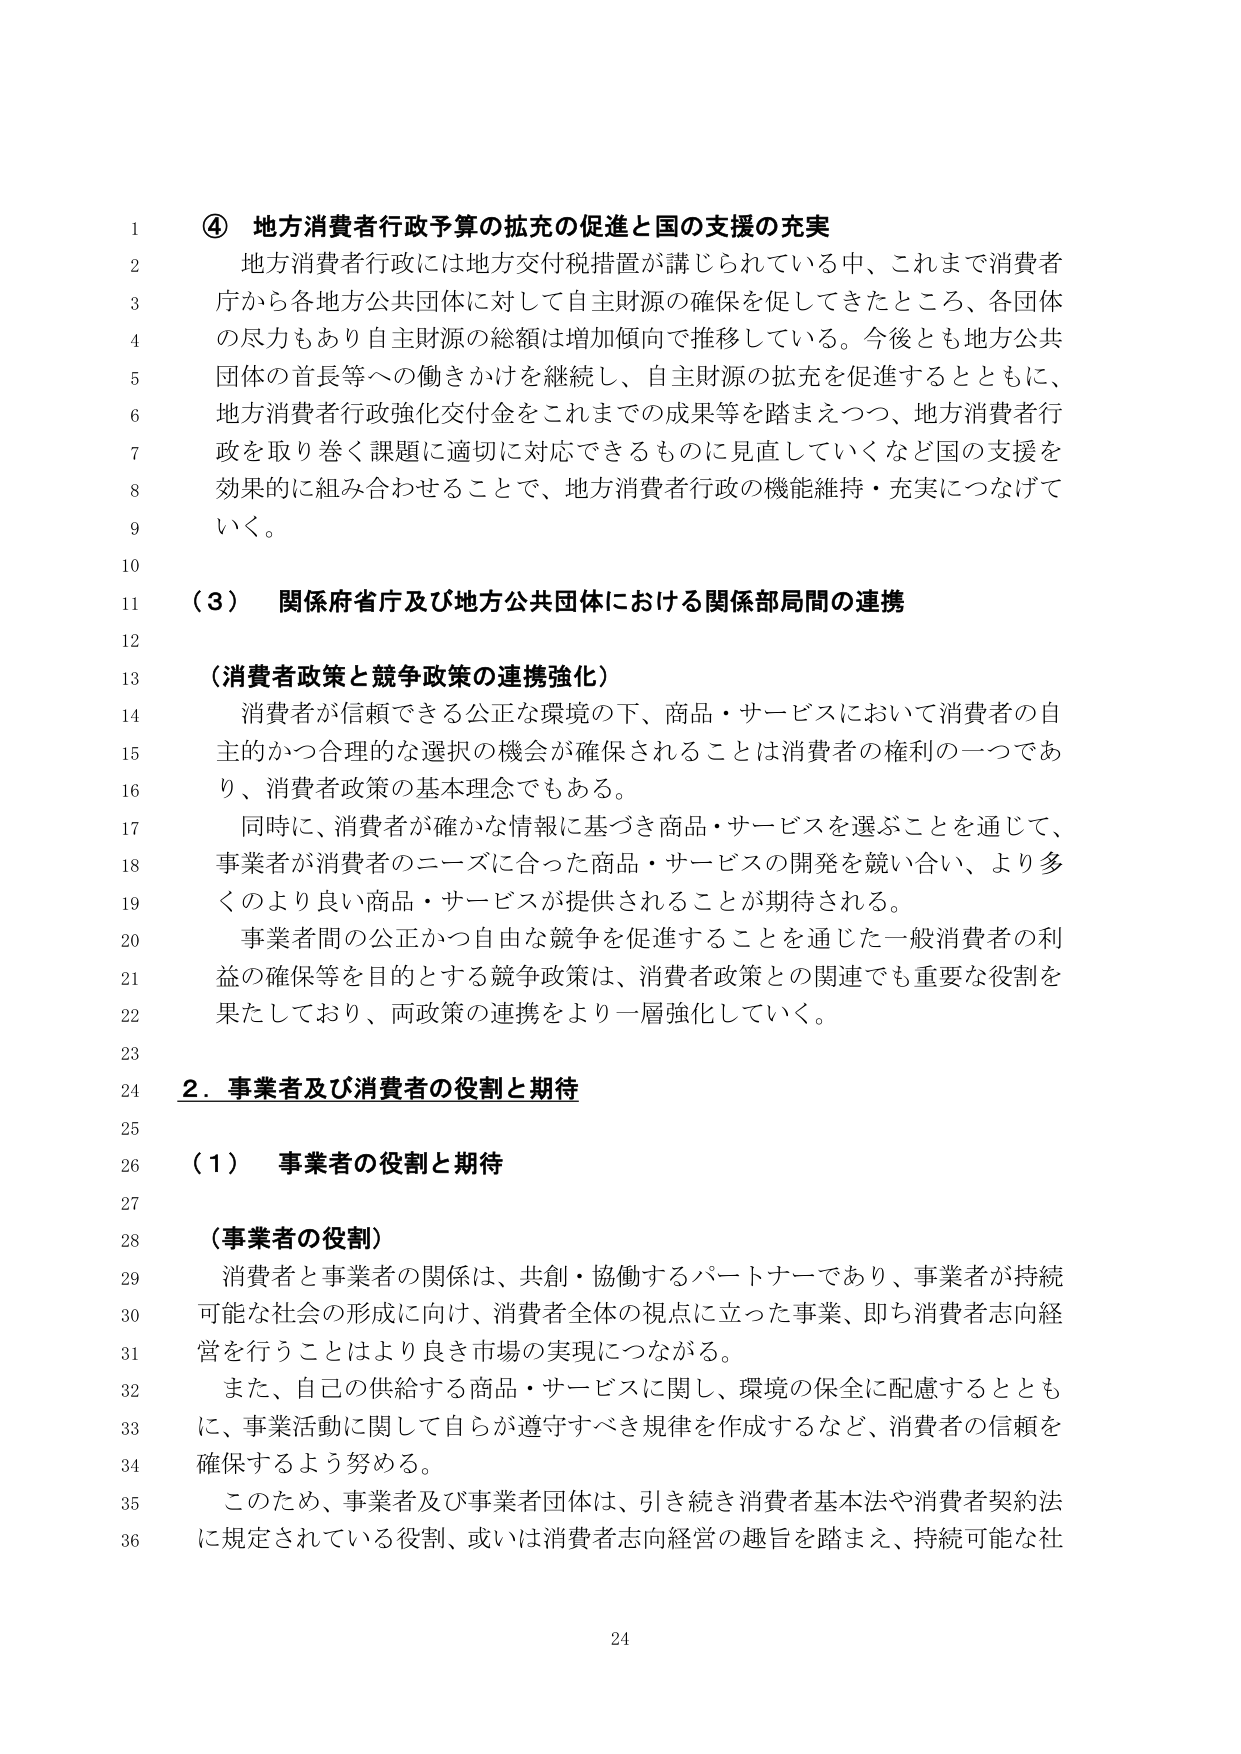
④ 地方消費者行政予算の拡充の促進と国の支援の充実
地方消費者行政には地方交付税措置が講じられている中、これまで消費者庁から各地方公共団体に対して自主財源の確保を促してきたところ、各団体の尽力もあり自主財源の総額は増加傾向で推移している。今後とも地方公共団体の首長等への働きかけを継続し、自主財源の拡充を促進するとともに、地方消費者行政強化交付金をこれまでの成果等を踏まえつつ、地方消費者行政を取り巻く課題に適切に対応できるものに見直していくなど国の支援を効果的に組み合わせることで、地方消費者行政の機能維持・充実につなげていく。

（３） 関係府省庁及び地方公共団体における関係部局間の連携

（消費者政策と競争政策の連携強化）
消費者が信頼できる公正な環境の下、商品・サービスにおいて消費者の自主的かつ合理的な選択の機会が確保されることは消費者の権利の一つであり、消費者政策の基本理念でもある。
同時に、消費者が確かな情報に基づき商品・サービスを選ぶことを通じて、事業者が消費者のニーズに合った商品・サービスの開発を競い合い、より多くのより良い商品・サービスが提供されることが期待される。
事業者間の公正かつ自由な競争を促進することを通じた一般消費者の利益の確保等を目的とする競争政策は、消費者政策との関連でも重要な役割を果たしており、両政策の連携をより一層強化していく。

２．事業者及び消費者の役割と期待

（１） 事業者の役割と期待

（事業者の役割）
消費者と事業者の関係は、共創・協働するパートナーであり、事業者が持続可能な社会の形成に向け、消費者全体の視点に立った事業、即ち消費者志向経営を行うことはより良き市場の実現につながる。
また、自己の供給する商品・サービスに関し、環境の保全に配慮するとともに、事業活動に関して自らが遵守すべき規律を作成するなど、消費者の信頼を確保するよう努める。
このため、事業者及び事業者団体は、引き続き消費者基本法や消費者契約法に規定されている役割、或いは消費者志向経営の趣旨を踏まえ、持続可能な社

24